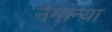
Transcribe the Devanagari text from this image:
नेमांन्या